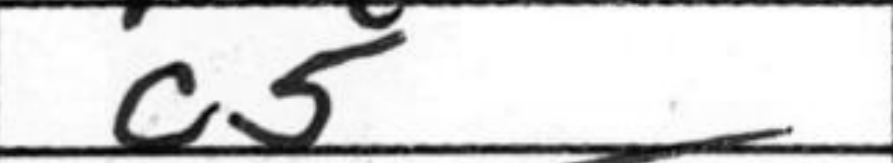
Transcription: c5